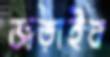
জড়াইব